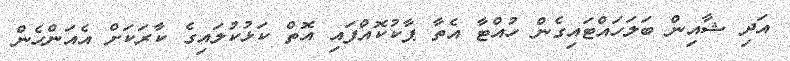
އަދި ޝާއިން ބަލަހައްޓައިގެން ހުއްޓާ އެތާ ޕާކުކޮއްފައި އޮތް ކަޅުކުލައިގެ ކާރަކަށް އެއަންހެން